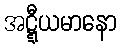
အဋ္ဋီယမာနော